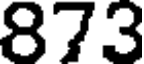
873